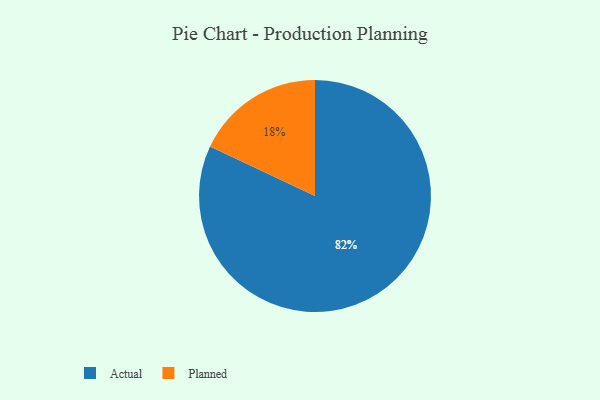
{"axis": {"x": "Category", "y": "Percentage"}, "legend": ["Actual", "Planned"], "data": [{"x": "Actual", "y": 82, "type": "Actual"}, {"x": "Planned", "y": 18, "type": "Planned"}]}